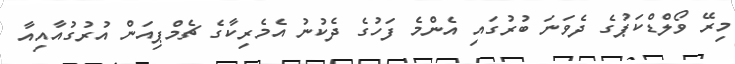
މިރޭ ވޯލްޑްކަޕުގެ ދެވަނަ ބުރުގައި އެންމެ ފަހުގެ ދެކުނު އެމެރިކާގެ ޗެމްޕިއަން އުރުގުއާއިއާ